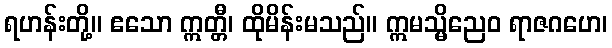
ရဟန်းတို့။ ဧသော ဣတ္တီ၊ ထိုမိန်းမသည်။ ဣမသ္မိညေဝ ရာဇဂဟေ၊